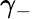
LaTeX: \gamma_{-}